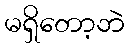
မရှိတော့ဘဲ